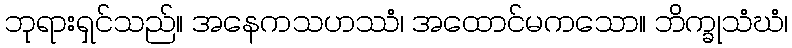
ဘုရားရှင်သည်။ အနေကသဟဿံ၊ အထောင်မကသော။ ဘိက္ခုသံဃံ၊